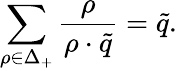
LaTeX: \sum_{\rho\in\Delta_{+}}{\frac{\rho}{\rho\cdot\tilde{q}}}=\tilde{q}.